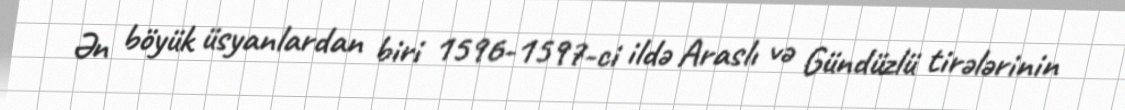
Ən böyük üsyanlardan biri 1596-1597-ci ildə Araslı və Gündüzlü tirələrinin